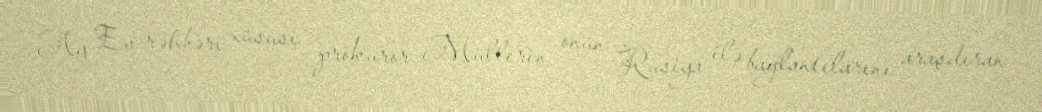
Ağ Ev rəhbəri xüsusi prokuror Müllerin onun Rusiya ilə bağlantılarını araşdıran